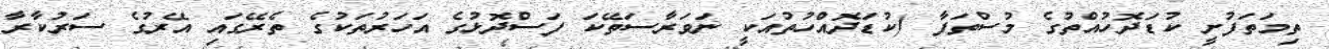
ތިމަތަފުށީ ކުޑަދޮހުއްތުގެ މުސްތަފާ (ކުޑަދޮއްހުތުއަކީ ނަވަރާސަތޭކަ ފަސްދޮޅުގެ އަހަރުތަކުގެ ތެރޭގައި އޭރުގެ ސަރުކާރާ